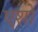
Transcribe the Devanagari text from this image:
एशो